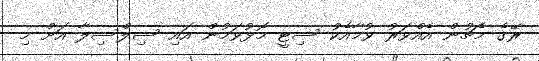
ރޭގެ މެޗުން އެއްވަރު ވުމާއެކު ސިޓީ މޮޅުވަމުން އައި ސިލްސިލާ އަށް މި